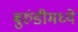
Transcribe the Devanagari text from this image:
बुरुंडीमध्ये